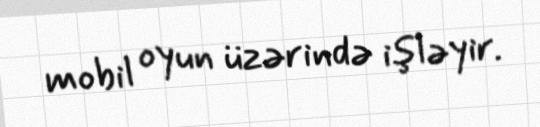
mobil oyun üzərində işləyir.